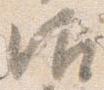
御